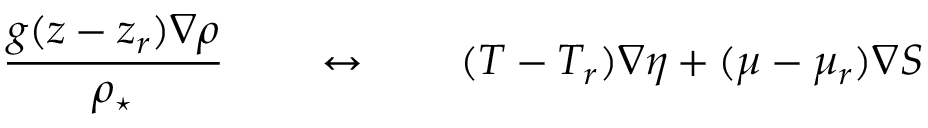
\frac { g ( z - z _ { r } ) \nabla \rho } { \rho _ { \star } } \qquad \leftrightarrow \qquad ( T - T _ { r } ) \nabla \eta + ( \mu - \mu _ { r } ) \nabla S